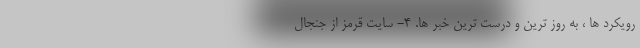
رویکرد ها ، به روز ترین و درست ترین خبر ها. ۴- سایت قرمز از جنجال